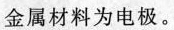
金属材料为电极。